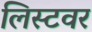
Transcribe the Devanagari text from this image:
लिस्टवर